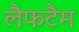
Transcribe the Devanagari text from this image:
लैफटैम